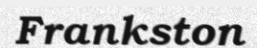
Frankston